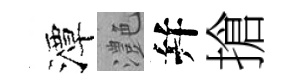
潭灔幷搶